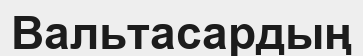
Вальтасардың